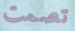
تصمت